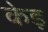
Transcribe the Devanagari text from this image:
केड़